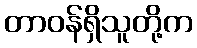
တာဝန်ရှိသူတို့က